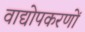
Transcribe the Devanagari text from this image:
वाद्योपकरणों